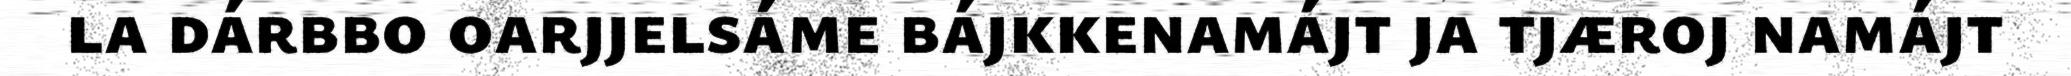
la dárbbo oarjjelsáme bájkkenamájt ja tjæroj namájt